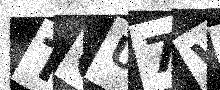
Text: TOU7WM